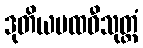
ဒုတိယပထဝီသုတ္တံ